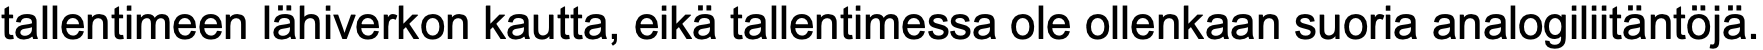
tallentimeen lähiverkon kautta, eikä tallentimessa ole ollenkaan suoria analogiliitäntöjä.